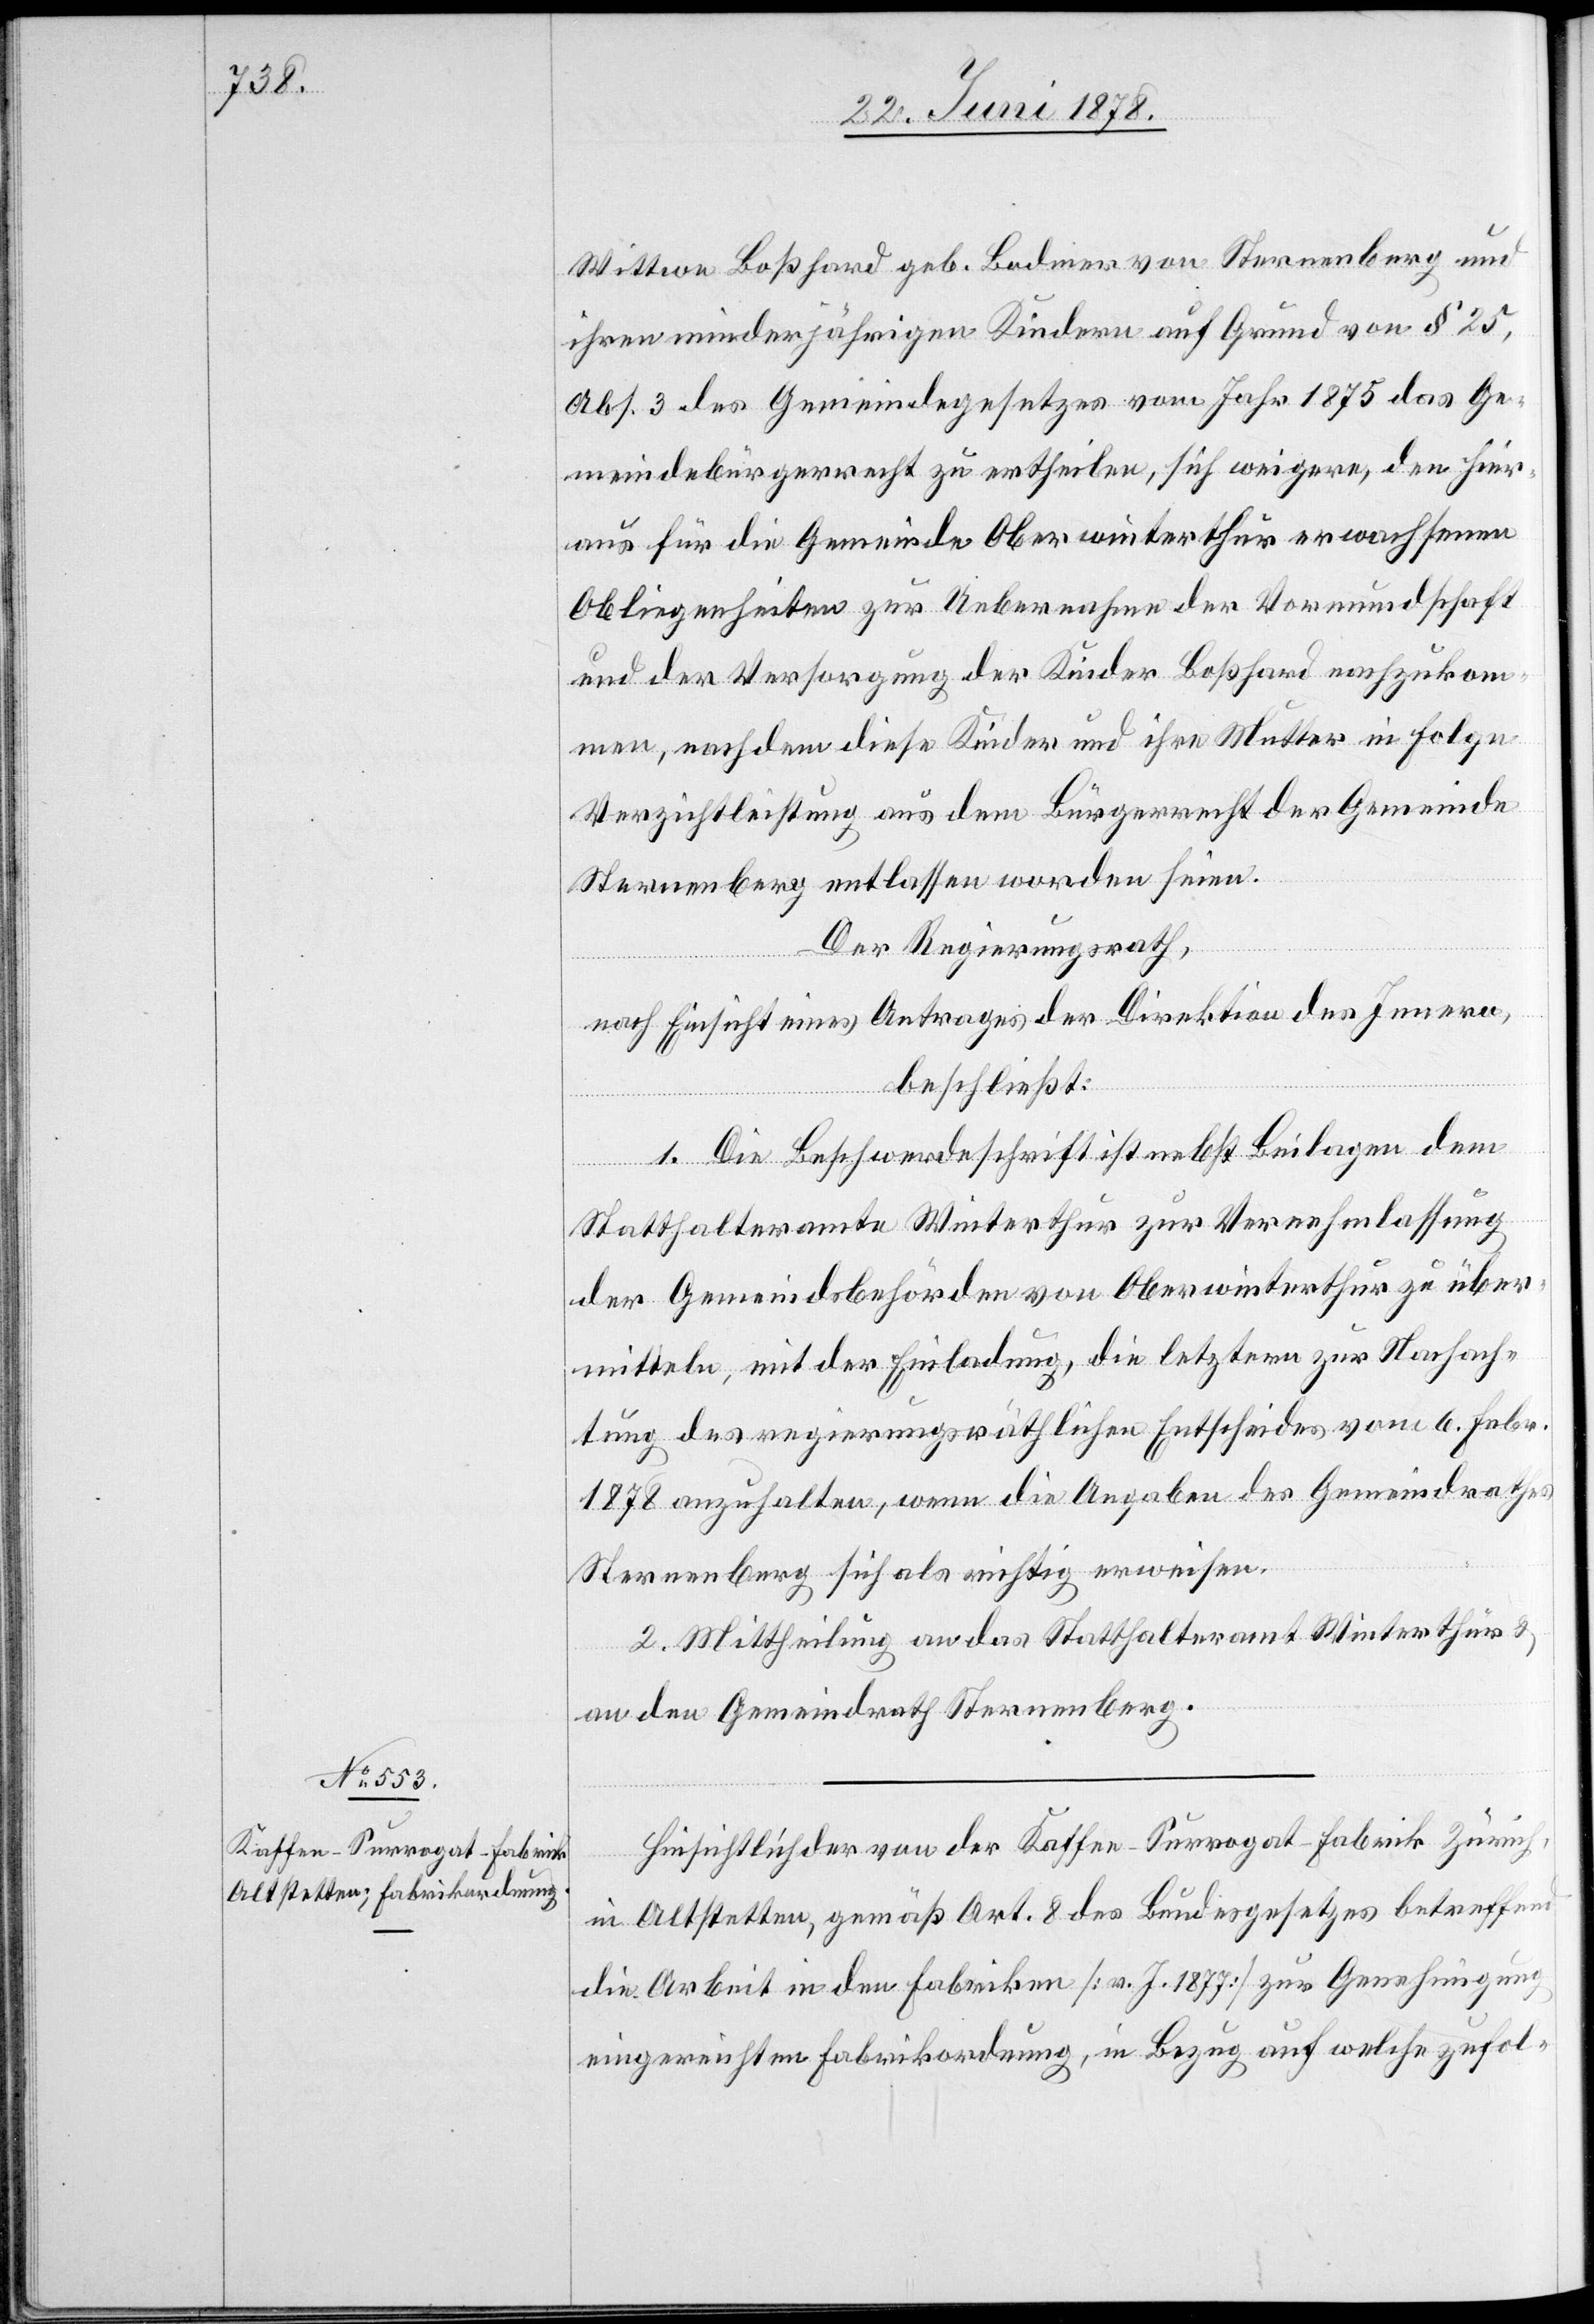
Wittwe Boßhard geb. Bodmer von Sternenberg und
ihren minderjährigen Kindern auf Grund von § 25,
Abs. 3 des Gemeindegesetzes vom Jahr 1875 das Ge¬
meindebürgerrecht zu ertheilen, sich weigere, den hier¬
aus für die Gemeinde Oberwinterthur erwachsenen
Obliegenheiten zur Uebernahme der Vormundschaft
und der Versorgung der Kinder Boßhard nachzukom¬
men, nachdem diese Kinder und ihre Mutter in Folge
Verzichtleistung aus dem Bürgerrecht der Gemeinde
Sternenberg entlassen worden seien.
Der Regierungsrath,
nach Einsicht eines Antrages der Direktion des Innern,
beschließt:
1. Die Beschwerdeschrift ist nebst Beilagen dem
Statthalteramte Winterthur zur Vernehmlassung
der Gemeindsbehörden von Oberwinterthur zu über¬
mitteln, mit der Einladung, die letztern zur Nachach¬
tung des regierungsräthlichen Entscheides vom 6. Febr.
1878 anzuhalten, wenn die Angaben des Gemeindrathes
Sternenberg sich als richtig erweisen.
2. Mittheilung an das Statthalteramt Winterthur &
an den Gemeindrath Sternenberg.
Hinsichtlich der von der Kaffee-Surrogat-Fabrik Zürich,
in Altstetten, gemäß Art. 8 des Bundesgesetzes betreffend
die Arbeit in den Fabriken [v. J. 1877] zur Genehmigung
eingereichten Fabrikordnung, in Bezug auf welche zufol-